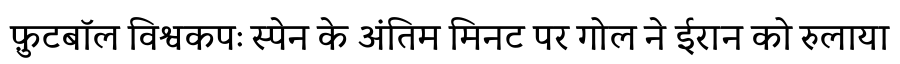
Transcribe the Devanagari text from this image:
फ़ुटबॉल विश्वकपः स्पेन के अंतिम मिनट पर गोल ने ईरान को रुलाया